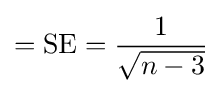
={\text{SE}}={\frac {1}{\sqrt {n-3}}}